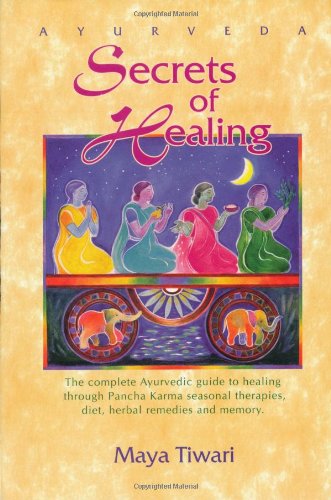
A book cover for Ayurveda Secrets of Healing; Maya Bri. Tiwari; Health, Fitness & Dieting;